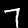
Label: 7